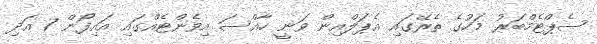
ސެޕްޓެމްބަރު މަހުގެ ތެރޭގައި އެޕަލްއިން ވަނީ ހާއްސަ އިވެންޓެއްގައި އައިފޯން 7 އަދި